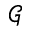
\mathcal { G }